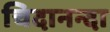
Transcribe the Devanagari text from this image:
चिदानन्दा